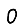
Digit: 0